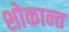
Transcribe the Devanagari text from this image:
शोकान्‍त